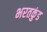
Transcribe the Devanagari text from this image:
भरतकुंड